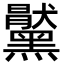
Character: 𪒞